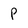
Character: P